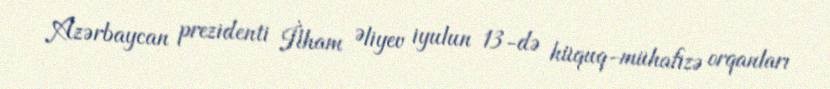
Azərbaycan prezidenti İlham Əliyev iyulun 13-də hüquq-mühafizə orqanları